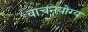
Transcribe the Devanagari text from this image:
वाचनयोग्य